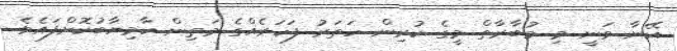
އޭނާ ވަނީ މި މުބާރާތް މީގެ ކުރިން ހަތަރު ފަހަރެއްގެ މަތިން ކާމިޔާބުކޮށްފައެވެ.